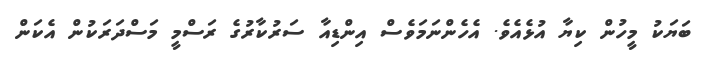
ބަޔަކު މީހުން ކިޔާ އުޅެއެވެ. އެހެންނަމަވެސް އިންޑިއާ ސަރުކާރުގެ ރަސްމީ މަސްދަރަކުން އެކަން